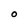
Character: O